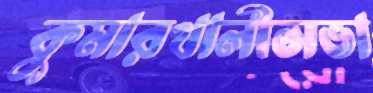
কুমারখালীসভা